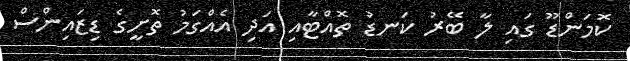
ކޮމަންޑޫ ގައި ލާ ބޭރު ކަނޑު ތޮއްޓާއި އަދި އެއްގަމު ތޮށީގެ ޑިޒައިންސް